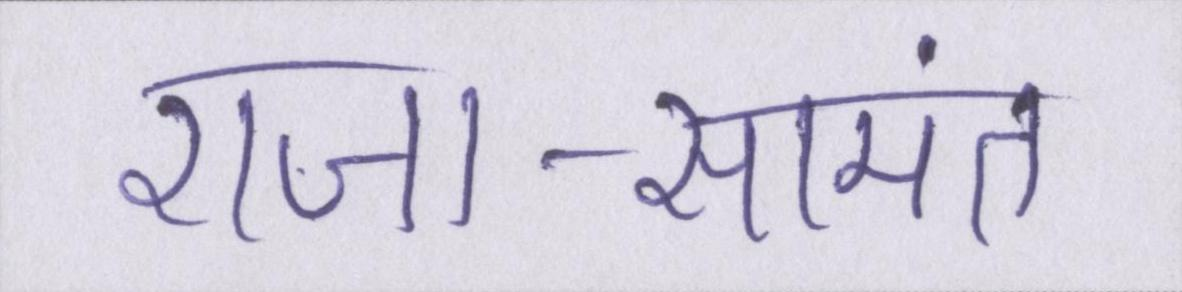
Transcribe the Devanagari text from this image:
राजा-सामंत